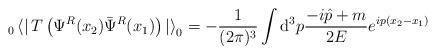
LaTeX: \begin{align*}_0\left<\right|T\left(\Psi^R(x_2)\bar{\Psi}^R(x_1)\right)\left|\right>_0=-\frac{1}{(2\pi)^3}\int {\mathrm d}^3 p \frac{-i\hat{p}+m}{2E}e^{i p(x_2-x_1)}\end{align*}